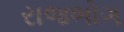
રાજભોગ